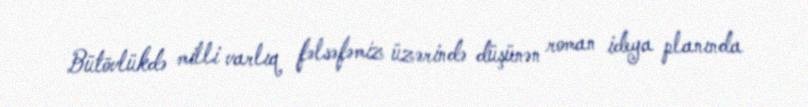
Bütövlükdə milli varlıq fəlsəfəmiz üzərində düşünən roman ideya planında